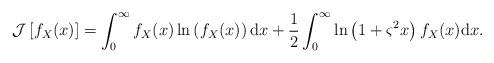
LaTeX: \begin{align*}{\cal J}\left[ f_X(x) \right] = { \int_0^\infty {f_X(x)} \ln \left( {f_X(x)} \right){\rm{d}}x +\frac{1}{2}\int_0^\infty {\ln \left( {1 + {\varsigma ^2}x} \right)f_X(x)} {\rm{d}}x}.\end{align*}